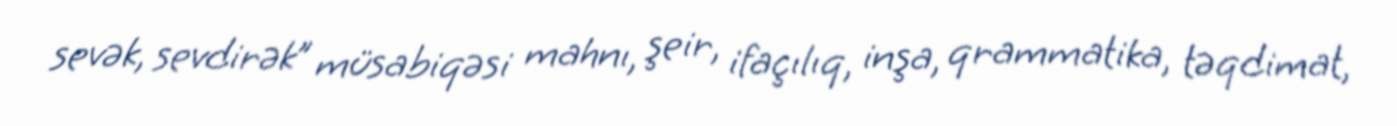
sevək, sevdirək” müsabiqəsi mahnı, şeir, ifaçılıq, inşa, qrammatika, təqdimat,